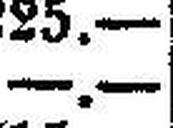
—.—